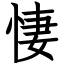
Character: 悽